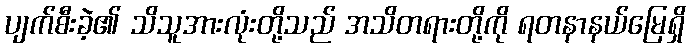
ပျက်စီးခဲ့၏ သိသူအားလုံးတို့သည် အသိတရားတို့ကို ရတနာနယ်မြေရှိ